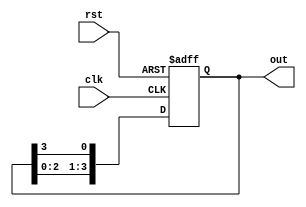
module multi_stage_ring_counter #(
    parameter N = 4  // Number of stages in the ring counter
)(
    input wire clk,         // Clock input
    input wire rst,         // Asynchronous reset
    output reg [N-1:0] out  // Output representing the state of the counter
);

    // Initial state of the ring counter
    initial begin
        out = 1'b1;  // Initialize the first flip-flop to '1', others to '0'
    end

    // Sequential logic for the ring counter
    always @(posedge clk or posedge rst) begin
        if (rst) begin
            out <= 1'b1;  // Reset the counter to initial state
        end else begin
            out <= {out[N-2:0], out[N-1]};  // Shift the '1' to the right
        end
    end

endmodule